Memorandum on the prevention of leprosy by segregation of the affected
Disease focus: Leprosy
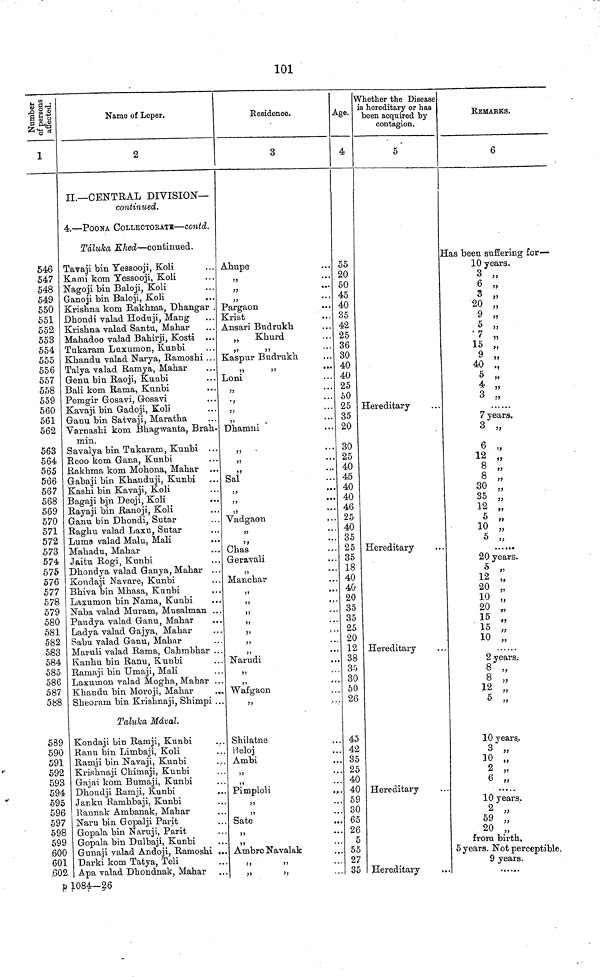
101
Number of persons affected.
1
546
547
548
549
550
551
552
553
554
555
556
557
558
559
560
561
562
563
564
565
566
567
568
569
570
571
572
573
574
575
576
577
578
579
580
581
582
583
584
585
586
587
588
589
590
591
592
593
594
595
596
597
598
599
600
601
.602
H
Name of Leper.
2
II.—CENTRAL DIVISION—
continued.
4.—POONA COLLECTORATE—Contd.
Táluka Khed—continued.
Tavaji bin Yessooji, Koli
Kami kom Yessooji, Koli
Nagoji bin Baloji, Koli
Ganoji bin Baloji, Koli
Krishna kom Rakhma, Dhangar .
Dhondi valad Hoduji, Mang
Krishna valad Santu, Mahar
Mahadoo valad Bahirji, Kosti
Tukaram Laxumon, Kunbi
Khandu valad Narya, Ramoshi ...
Talya valad Ramya, Mahar
Genu bin Raoji, Kunbi
Bali kom Rama, Kunbi
Pemgir Gosavi, Gosavi
Kavaji bin Gadoji, Koli
Ganu bin Satvaji, Maratha
Varnashi kom Bhagwanta, Brah-
min.
Savalya bin Tukaram, Kunbi ...
Reoo kom Gana, Kunbi
Rakhma kom Mohona, Mahar ...
Gabaji bin Khanduji, Kunbi
Kashi bin Kavaji, Koli
Bagaji bjn Deoji, Koli
Rayaji bin Ranoji, Koli
Ganu bin Dhondi, Sutar
Raghu valad Laxu, Sutar
Luma valad Malu, Mali
Mahadu, Mahar
Jaitu Rogi, Kunbi
Dhondya valad Ganya, Mahar ...
Kondaji Navare, Kunbi
Bhiva bin Mhasa, Kunbi
Laxumon bin Nama, Kunbi
Naba valad Muram, Musalman ...
Pandya valad Ganu, Mahar
Ladya valad Gajya, Mahar
Sabu valad Ganu, Mahar
Maruli valad Rama, Cahmbhar ...
Kanhu bin Ranu, Kunbi
Ramaji bin Umaji, Mali
Laxumon valad Mogha, Mahar ...
Khandu bin Moroji, Mahar
Sheoram bin Krishnaji, Shimpi ..
Taluka Mâval.
Kondaji bin Ramji, Kunbi
Ranu loin Limbaji, Koli
Ramji bin Navaji, Kunbi
Krishnaji Chimaji, Kunbi
Gajai kom Bumaji, Kunbi
Dhondji Ramji, Kunbi
Janku Ramhbaji, Kunbi
Rannak Ambanak, Mahar
Naru bin Gopalji Parit
Gopala bin Naruji, Parit
Gopala bin Dulbaji, Kunbi
Gunaji valad Andoji, Ramoshi ...
Darki kom Tatya, Teli
Apa valad Dhondnak, Mahar
1084—26
Residence.
3
Ahupe
„
„
„
Pargaon
Krist
Ansari Budrukh
„ Khurd
„ „
Kaspur Budrukh
Loni
„
„
„
Dhamni
„
„
„
Sal
„
„
„
Vadgaon
„
„
Chas
Geravali
„
Manchar
„
Narudi
„
„
Wafgaon
Shilatne
Beloj
Ambi
5J
. .
„
Pimploli
„
„
Sate
„
„
Ambre Navalak
Age.
4
55
20
50
45
40
35
42
25
36
30
40
40
25
50
25
35
20
30
25
40
45
40
40
46
25
40
35
25
35
18
40
40
20
35
35
25
20
12
38
35
30
50
26
45
42
35
25
40
40
59
30
65
26
5
55
27
35
Whether the Disease
is hereditary or has
been acquired by
contagion.
5
Hereditary
Hereditary
Hereditary
Hereditary
Hereditary
REMARKS.
6
Has been suffering for—
10 years.
3 „
6 „
3 „
20 „
9 „
77
5 7 „
15 ,
9 „
40 „
4 „
7 years.
3 „
6 „
12
8 „
8 „
30
35 „
12 „
5 „
10 „
5 „
20 years.
5 „
12 ,
20
10
20
15
15 „
10 „
2
years.
8 „
8 "
12 „
5 „
10 years.
3
10 "
2 „
6 „
10 years.
2
59 „
20 „
from birth,
5 years. Not percentible
9 years.